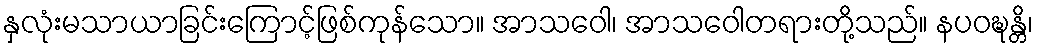
နှလုံးမသာယာခြင်းကြောင့်ဖြစ်ကုန်သော။ အာသဝေါ၊ အာသဝေါတရားတို့သည်။ နပဝဍ္ဎန္တိ၊